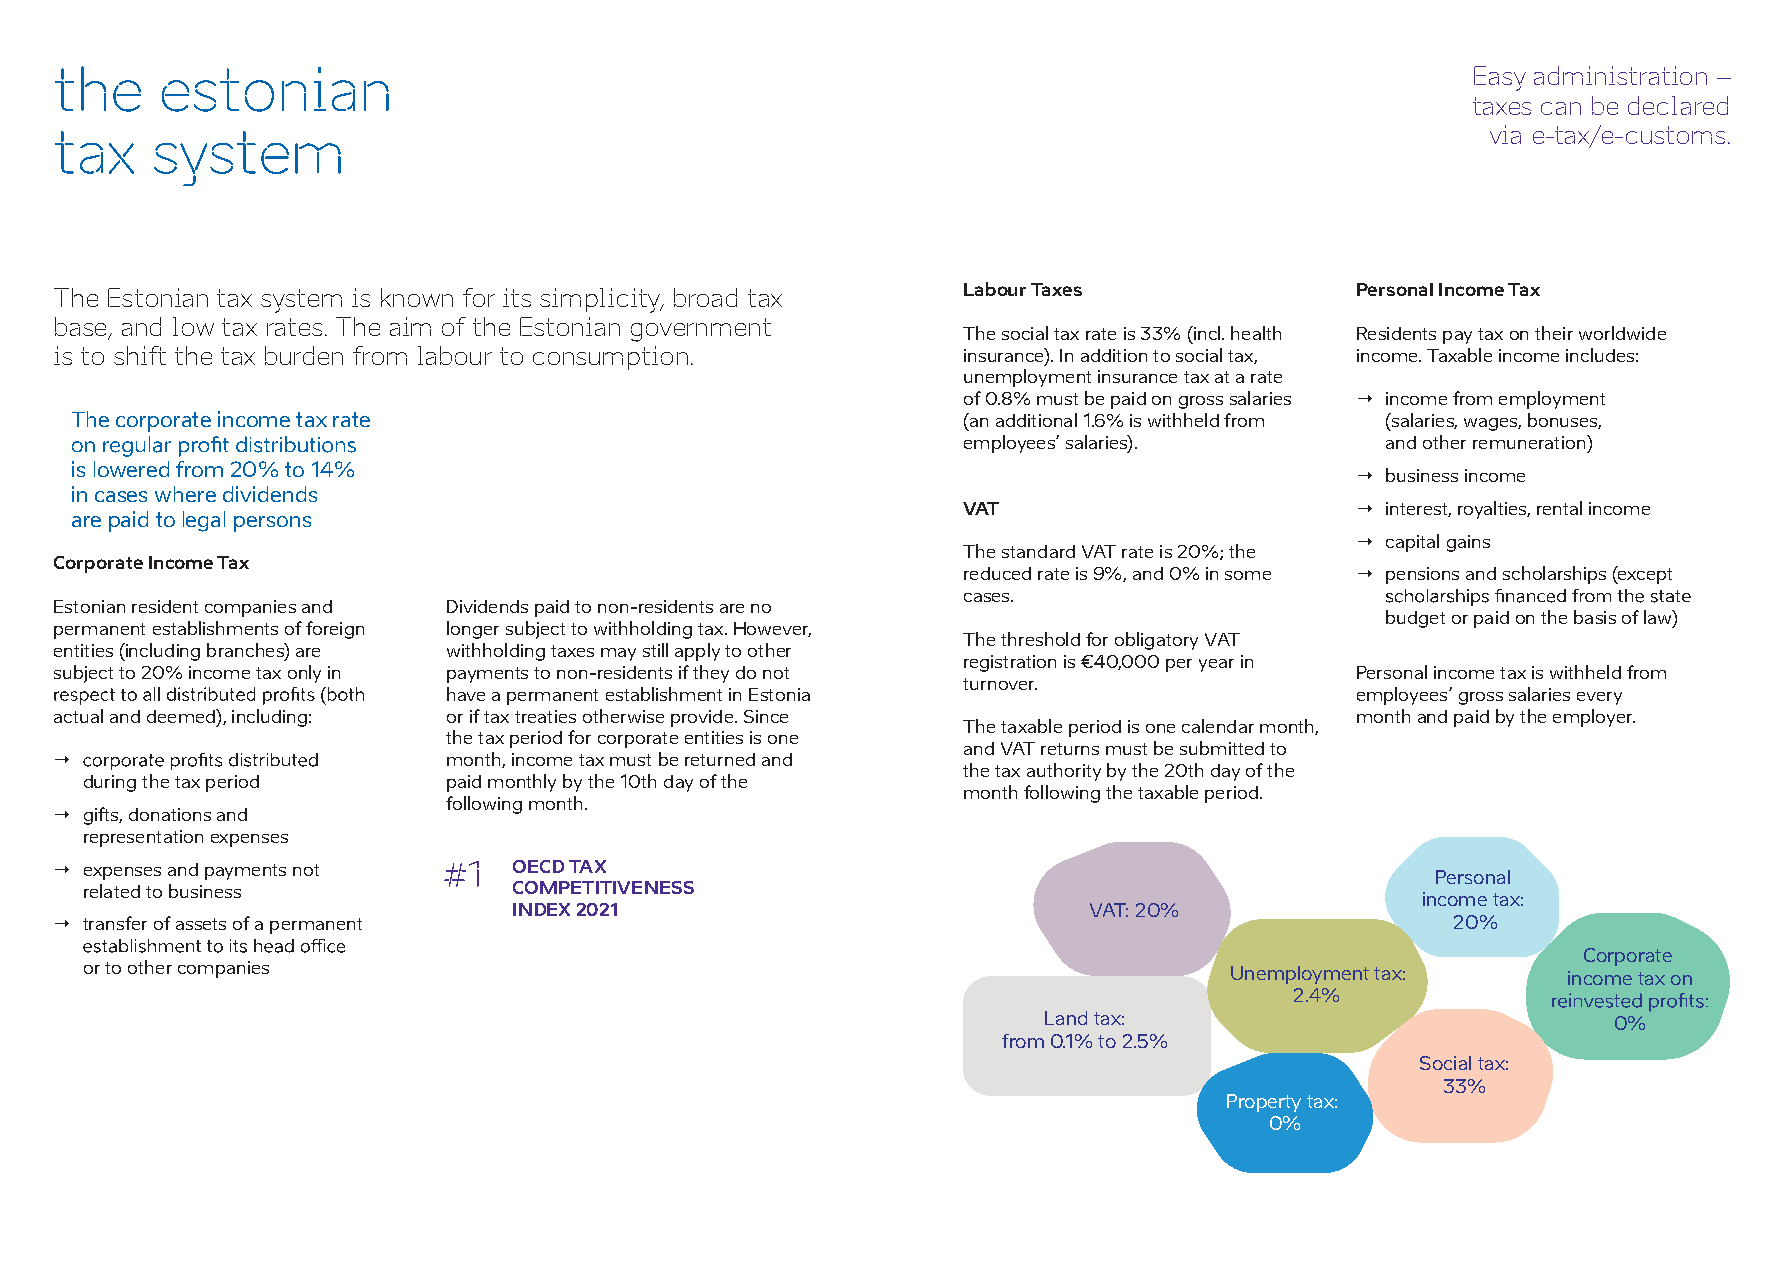
the   estonian                                                                               Easy administration –
 taxes can be declared
 tax   system                                                                                   via e-tax/e-customs.
 The Estonian tax system is known for its simplicity, broad tax LabourTaxes            Personal Income Tax
 base, and low tax rates. The aim of the Estonian government
 Thesocial taxrateis 33% (incl.health Residents pay taxontheir worldwide
 is to shift the tax burden from labour to consumption.      insurance). In addition to social tax, income.Taxable income includes:
 unemploymentinsurance tax atarate
 of 0.8% must be paidongross salaries → income from employment
 Thecorporate income taxrate                                (an additional1.6% is withheldfrom (salaries,wages, bonuses,
 employees’salaries).        and other remuneration)
 islowered from20%to 14%
 → business income
 in caseswhere dividends
 VAT                       → interest, royalties,rental income
 are paidtolegalpersons
 → capital gains
 The standard VATrate is 20%;the
 Corporate Income Tax
 reduced rateis 9%, and 0% insome → pensionsandscholarships(except
 cases.
 Estonianresidentcompanies and Dividends paidto non-residents are no
 budgetor paidonthe basisof law)
 permanent establishments of foreign longersubjectto withholding tax. However,
 The threshold for obligatoryVAT
 entities (including branches) are withholdingtaxes may stillapply to other
 registration is €40,000per year in
 subjectto 20%income taxonlyin payments to non-residents if they donot                 Personalincome tax is withheldfrom
 turnover.
 have apermanent establishmentinEstonia                      employees’grosssalariesevery
 actualand deemed), including: oriftaxtreaties otherwise provide.Since                 monthandpaid by theemployer.
 The taxable periodisonecalendar month,
 thetaxperiod forcorporate entities isone
 and VATreturns mustbe submittedto
 →                         month,income taxmust bereturned and
 the tax authority by the 20th day of the
 during thetaxperiod      paid monthlyby the 10th day of the
 month following thetaxable period.
 followingmonth.
 → gifts, donations and
 representationexpenses
 → expenses and paymentsnot #1 OECD TAX                                                     Personal
 relatedto business           COMPETITIVENESS
 income tax:
 INDEX 2021                            VAT:20%
 → transfer of assets of a permanent                                                         20%
 Corporate
 or to othercompanies                                                        Unemploymenttax:       income taxon
 2.4%
 Landtax:                              0%
 from 0.1% to2.5%
 Social tax:
 33%
 Propertytax:
 0%